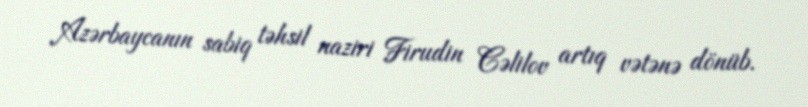
Azərbaycanın sabiq təhsil naziri Firudin Cəlilov artıq vətənə dönüb.